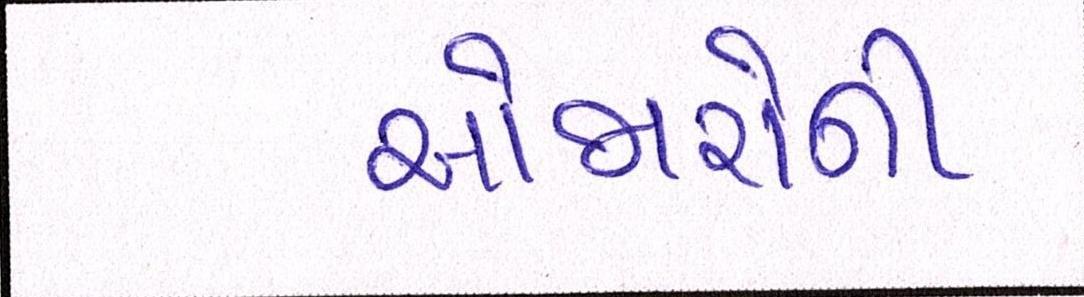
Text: ઓજારોની